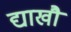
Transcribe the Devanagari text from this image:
द्याखौ